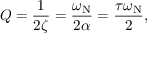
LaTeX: Q = { \frac { 1 } { 2 \zeta } } = { \frac { \omega _ { \mathrm { N } } } { 2 \alpha } } = { \frac { \tau \omega _ { \mathrm { N } } } { 2 } } ,